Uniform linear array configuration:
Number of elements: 24
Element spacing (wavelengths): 0.25
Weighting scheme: binomial
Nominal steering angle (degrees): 0
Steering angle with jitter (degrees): -1.159
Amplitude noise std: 0.05
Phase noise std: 0.05

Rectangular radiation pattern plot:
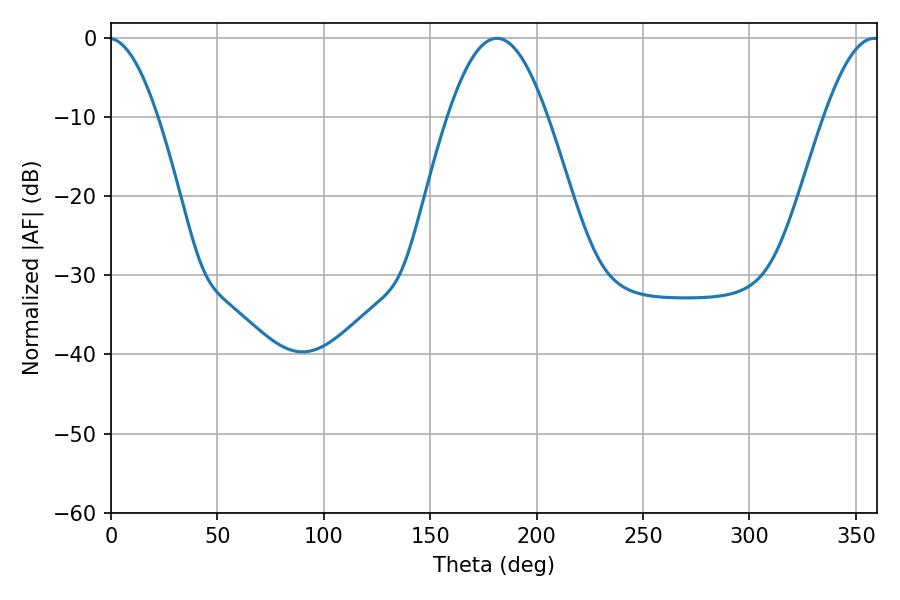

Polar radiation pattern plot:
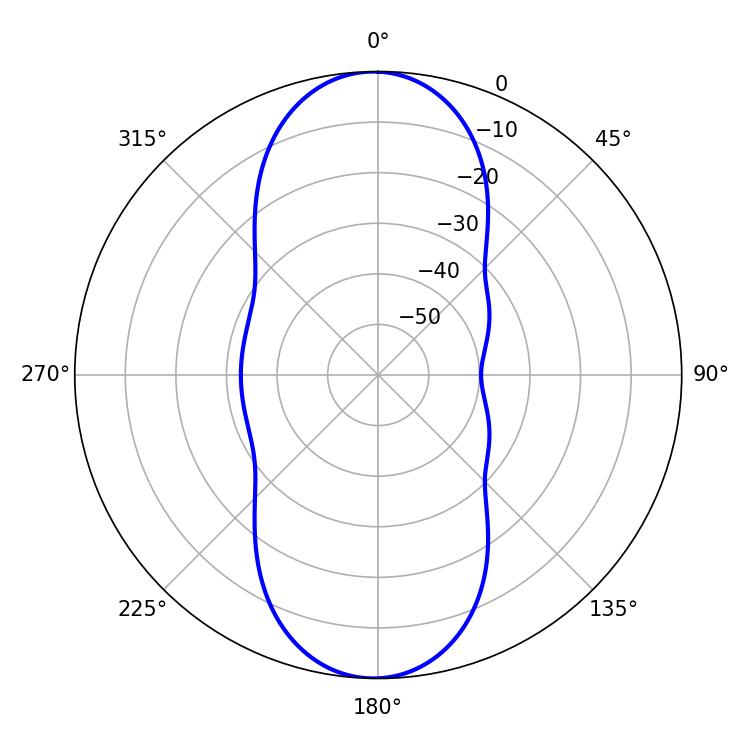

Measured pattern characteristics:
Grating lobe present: FALSE
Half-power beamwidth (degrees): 25.38
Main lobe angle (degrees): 181.26